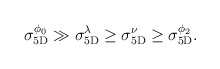
\begin{align*}\sigma_{\rm 5D}^{\phi_0} \gg \sigma_{\rm 5D}^{\lambda} \geq \sigma_{\rm 5D}^{\nu} \geq \sigma_{\rm 5D}^{\phi_2}.\end{align*}